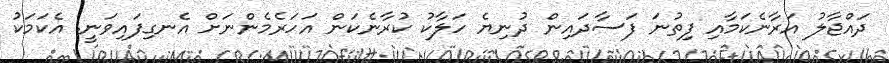
ދައްޖާލު އަރާނެކަމާއި ފިތުނަ ފަސާދައިން ދުނިޔެ ހަލާކު ކުރާނެކަން އަހަރެމެންނަށް އެނގިފައިވަނީ. އެކަމަކު